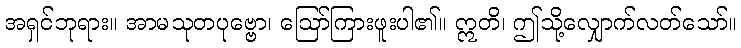
အရှင်ဘုရား။ အာမသုတပုဗ္ဗော၊ ဩော်ကြားဖူးပါ၏။ ဣတိ၊ ဤသို့လျှောက်လတ်သော်။